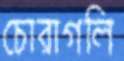
চোরাগলি